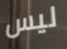
ليس